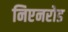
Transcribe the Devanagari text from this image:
निएनरोड